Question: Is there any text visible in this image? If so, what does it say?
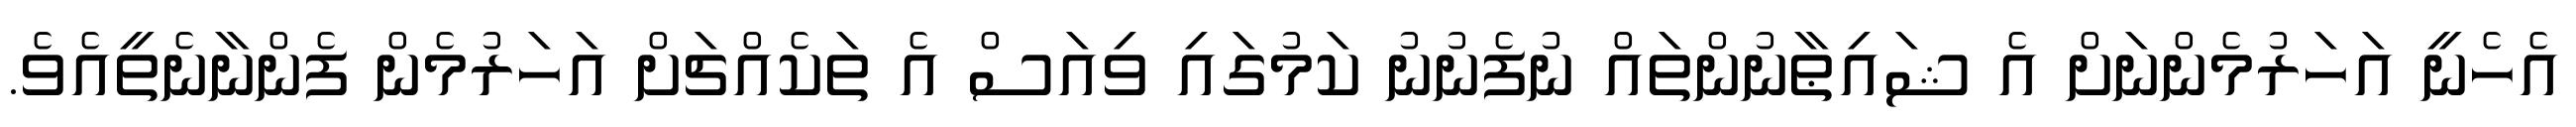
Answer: އެހެނީ އަހަރުމެންނަށް އެ ޝައިޠާނުންތައް ނުފެނުނު ކަމުގައި ވިއަސް އެ ތަކެއްޗަށް އަހަރުމެން ފެންނާނެތީއެވެ.